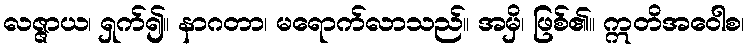
လဇ္ဇာယ၊ ရှက်၍။ နာဂတာ၊ မရောက်လာသည်။ အမှိ၊ ဖြစ်၏။ ဣတိအဝေါစ၊